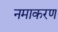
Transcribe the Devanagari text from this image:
नमाकरण